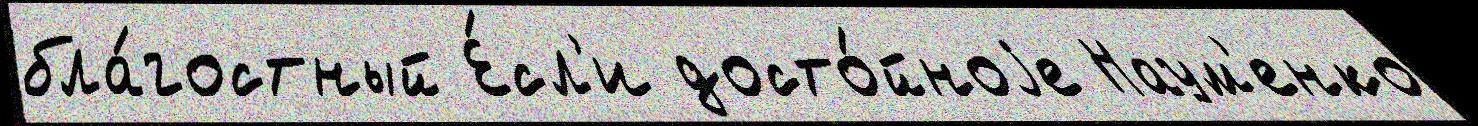
бла́гостный Е́сл'и досто́йноjе Наум'енко